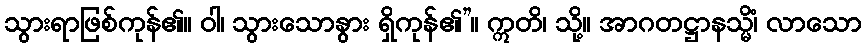
သွားရာဖြစ်ကုန်၏။ ဝါ၊ သွားသောနွား ရှိကုန်၏”။ ဣတိ၊ သို့။ အာဂတဋ္ဌာနသ္မိံ၊ လာသော